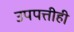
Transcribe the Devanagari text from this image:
उपपत्तीही